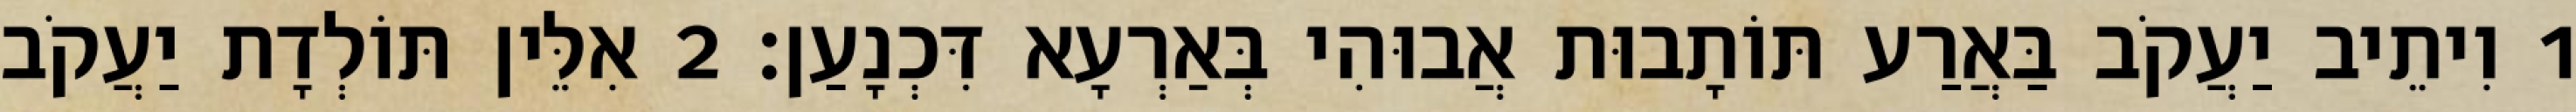
1 וִיתֵיב יַעֲקֹב בַּאֲרַע תּוֹתָבוּת אֲבוּהִי בְּאַרְעָא דִּכְנָעַן׃ 2 אִלֵּין תּוֹלְדָת יַעֲקֹב